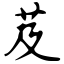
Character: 芨